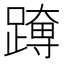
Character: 𮜊